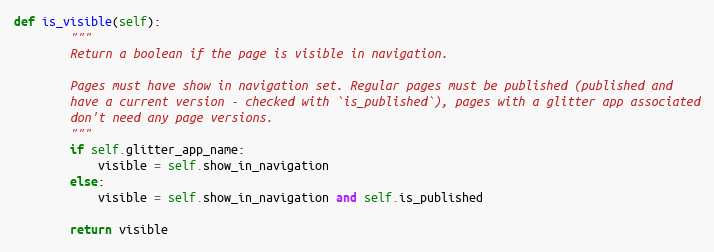
Language: Python
def is_visible(self):
        """
        Return a boolean if the page is visible in navigation.

        Pages must have show in navigation set. Regular pages must be published (published and
        have a current version - checked with `is_published`), pages with a glitter app associated
        don't need any page versions.
        """
        if self.glitter_app_name:
            visible = self.show_in_navigation
        else:
            visible = self.show_in_navigation and self.is_published

        return visible